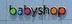
babyshop